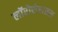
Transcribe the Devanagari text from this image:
लॉरोसेरासस